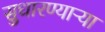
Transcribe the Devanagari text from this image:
सुधारण्याऱ्या